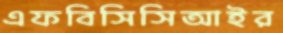
এফবিসিসিআইর